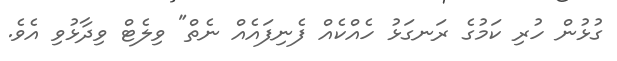
ގުޅުން ހުރި ކަމުގެ ރަނގަޅު ހެއްކެއް ފެނިފައެއް ނެތް" ވިލެޓް ވިދާޅުވި އެވެ.